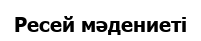
Ресей мәдениеті